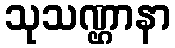
သုသဏ္ဌာနာ